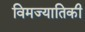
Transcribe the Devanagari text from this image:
विमज्यातिकी